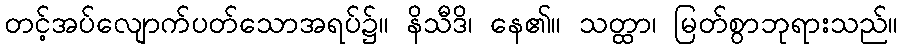
တင့်အပ်လျောက်ပတ်သောအရပ်၌။ နိသီဒိ၊ နေ၏။ သတ္ထာ၊ မြတ်စွာဘုရားသည်။